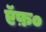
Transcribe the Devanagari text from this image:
ऍफ़०